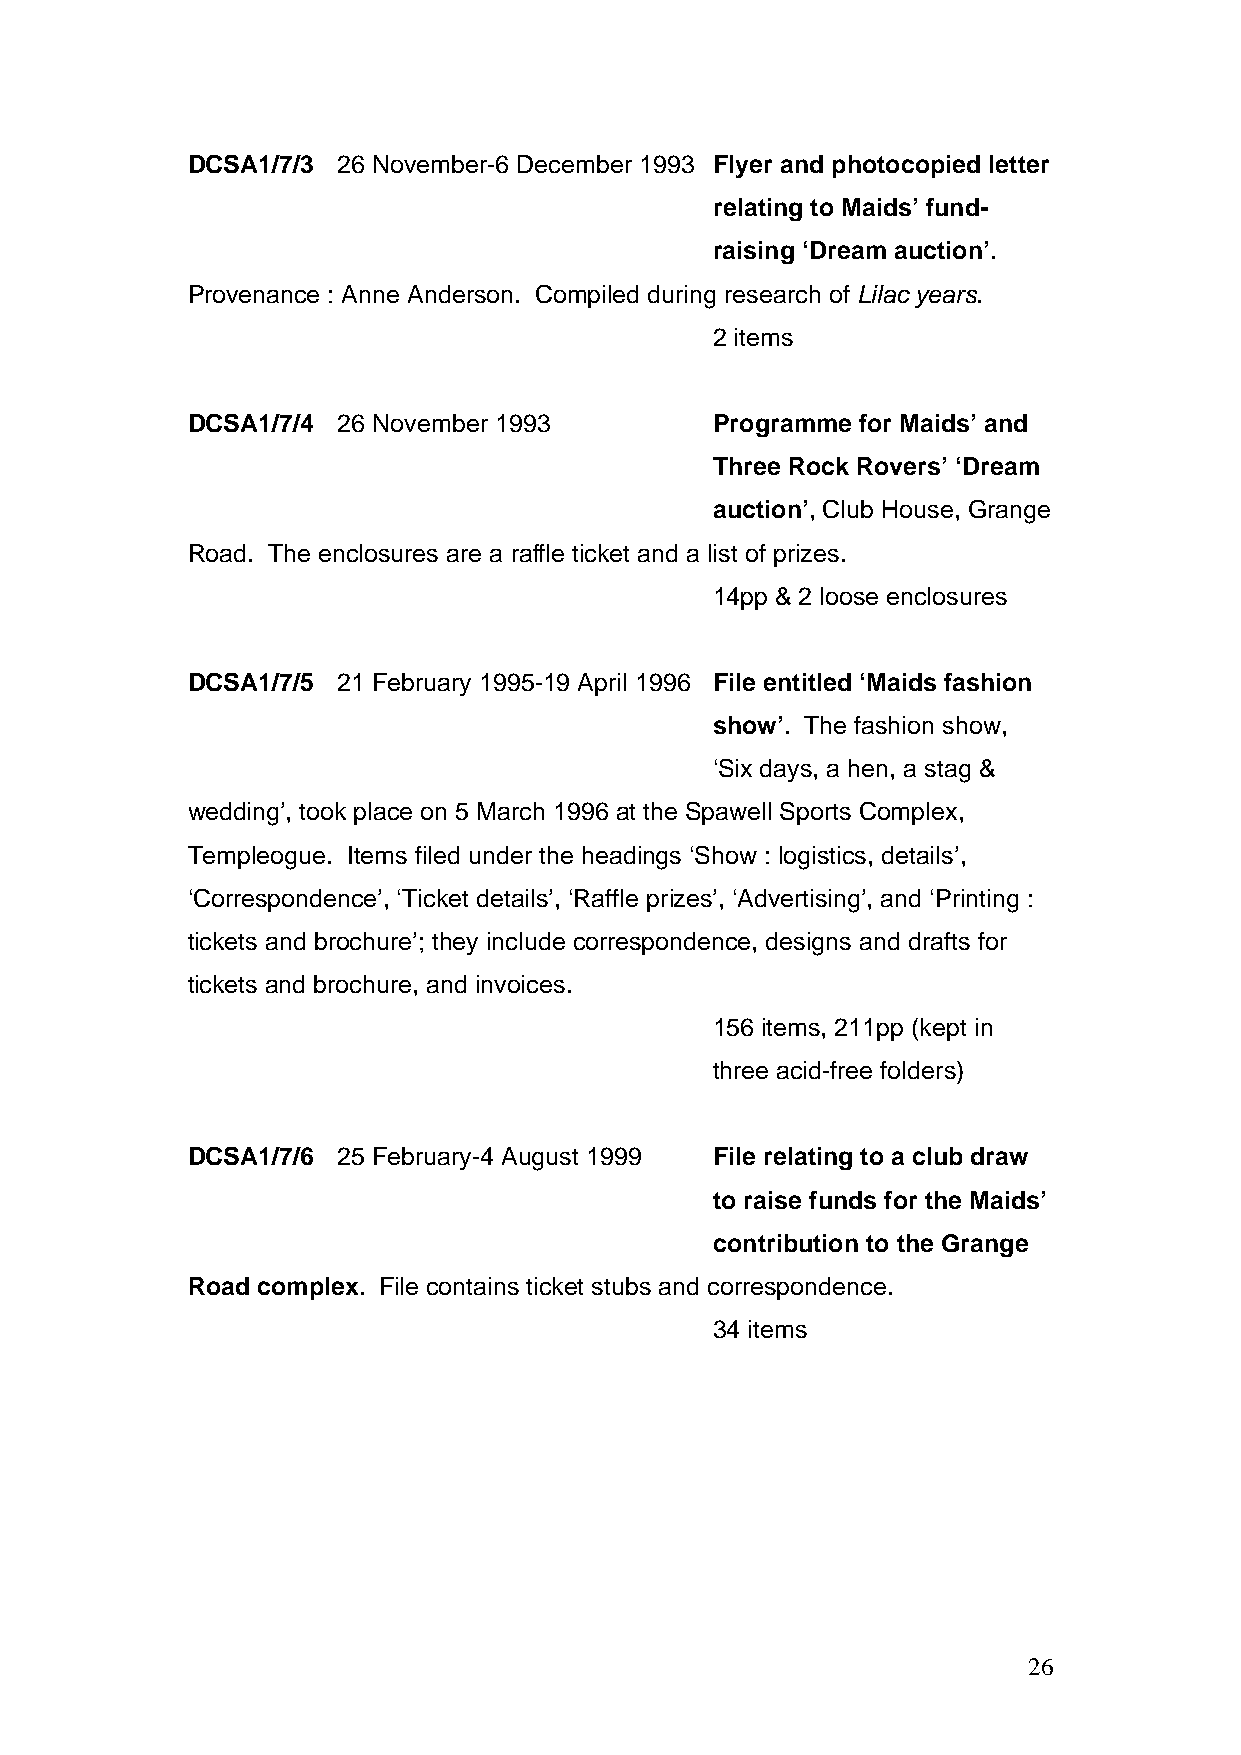
DCSA1/7/3 26 November-6 December 1993 Flyer and photocopied letter
 relating to Maids’ fund-
 raising ‘Dream auction’.
 Provenance : Anne Anderson. Compiled during research of Lilac years.
 2 items
 DCSA1/7/4 26 November 1993         Programme for Maids’ and
 Three Rock Rovers’ ‘Dream
 auction’, Club House, Grange
 Road. The enclosures are a raffle ticket and a list of prizes.
 14pp & 2 loose enclosures
 DCSA1/7/5 21 February 1995-19 April 1996 File entitled ‘Maids fashion
 show’. The fashion show,
 ‘Six days, a hen, a stag &
 wedding’, took place on 5 March 1996 at the Spawell Sports Complex,
 Templeogue. Items filed under the headings ‘Show : logistics, details’,
 ‘Correspondence’, ‘Ticket details’, ‘Raffle prizes’, ‘Advertising’, and ‘Printing :
 tickets and brochure’; they include correspondence, designs and drafts for
 tickets and brochure, and invoices.
 156 items, 211pp (kept in
 three acid-free folders)
 DCSA1/7/6 25 February-4 August 1999 File relating to a club draw
 to raise funds for the Maids’
 contribution to the Grange
 Road complex. File contains ticket stubs and correspondence.
 34 items
 26